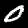
Label: 0